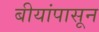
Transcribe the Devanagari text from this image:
बीयांपासून